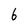
Character: 6